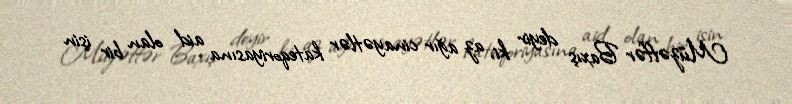
Müzəffər Baxış deyir ki, az ağır cinayətlər kateqoriyasına aid olan bir işin